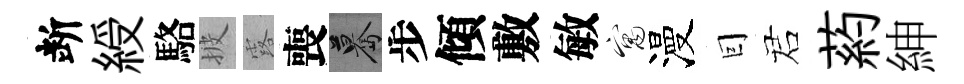
断綬駱披露喪驀步傾敷敏寓漫囙诺葯紳